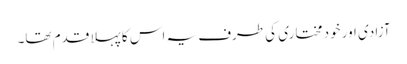
آزادی اور خود مختاری کی طرف یہ اس کا پہلا قدم تھا۔